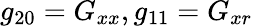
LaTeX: g_{20}=G_{xx},g_{11}=G_{xr}